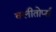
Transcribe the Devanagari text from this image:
क्लीतोर्प्स